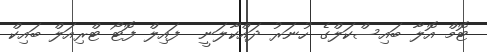
ޓޮމް އޮލާ ބައިސްކަލްގެ ހުނަރު ދައްކާލަނީ  ފައިލް ފޮޓޯ ޓްރިއަލް ބައިކް